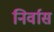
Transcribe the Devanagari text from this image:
निर्वास